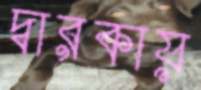
দ্বারকায়